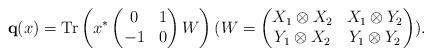
LaTeX: \begin{align*} {\mathbf q}(x) = {\rm Tr}\left( x^* \begin{pmatrix} 0 & 1 \\ -1 & 0 \end{pmatrix} W\right) (W= \begin{pmatrix} X_1\otimes X_2 & X_1\otimes Y_2 \\ Y_1\otimes X_2 & Y_1\otimes Y_2 \end{pmatrix}). \end{align*}